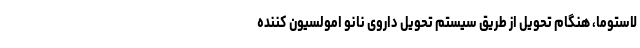
لاستوما، هنگام تحویل از طریق سیستم تحویل داروی نانو امولسیون کننده